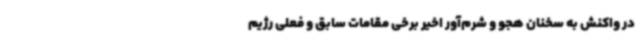
در واکنش به سخنان هجو و شرم‌آور اخیر برخی مقامات سابق و فعلی رژیم